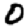
Digit: 0